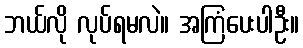
ဘယ်လို လုပ်ရမလဲ။ အကြံပေးပါဦး။